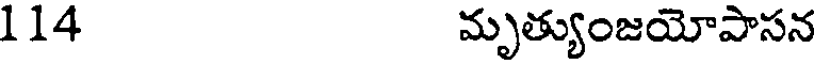
114 మృత్యుంజయోపాసన